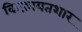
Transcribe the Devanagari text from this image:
किफ़ायतशार